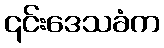
၎င်းဒေသခံက